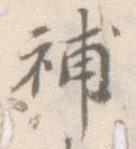
補